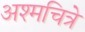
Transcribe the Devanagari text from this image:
अश्मचित्रे